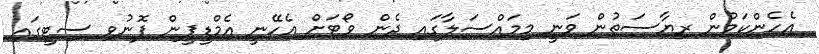
އެހެންކަމުން ރިޔާސަތުން ވަނީ މިމައްސަލާގައި ދެން ވޯޓަށް އެހޭނީ އެމްޑީޕީން ފޮނުވި ސިޓީގައި